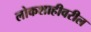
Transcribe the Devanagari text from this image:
लोकशाहीवरील